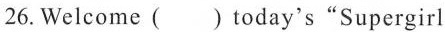
26. Welcome ( )today's "Supergirl